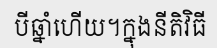
បីឆ្នាំហើយ។ក្នុងនីតិវិធី